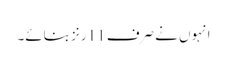
انہوں نے صرف 11 رنز بنائے۔